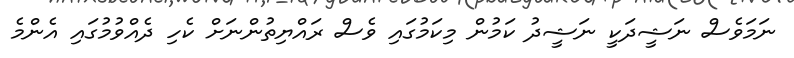
ނަމަވެސް ނަޝީދަކީ ނަޝީދު ކަމުން މިކަމުގައި ވެސް ރައްޔިތުންނަށް ކެހި ދެއްވުމުގައި އެންމެ